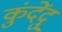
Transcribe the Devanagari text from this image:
कुंदेंदु